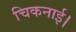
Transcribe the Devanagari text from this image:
चिकनाई।